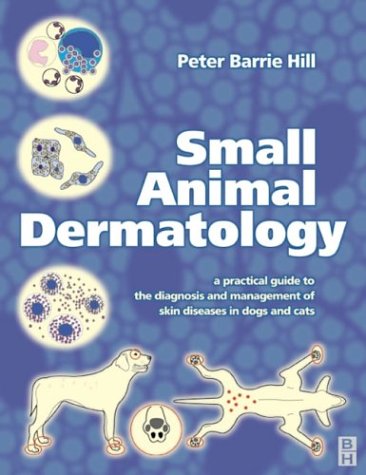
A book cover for Small Animal Dermatology: A Practical Guide to Diagnosis, 1e; Peter Barrie Hill BVSc  PhD  DVD  DipACVD  MRCVS; Medical Books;